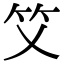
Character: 𥫜